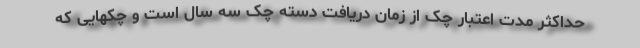
حداکثر مدت اعتبار چک از زمان دریافت دسته چک سه سال است و چکهایی که